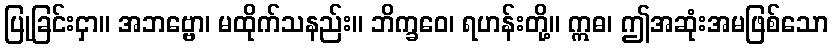
ပြုခြင်းငှာ။ အဘဗ္ဗော၊ မထိုက်သနည်း။ ဘိက္ခဝေ၊ ရဟန်းတို့။ ဣဓ၊ ဤအဆုံးအမဖြစ်သော